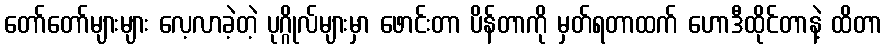
တော်တော်များများ လေ့လာခဲ့တဲ့ ပုဂ္ဂိုလ်များမှာ ဖောင်းတာ ပိန်တာကို မှတ်ရတာထက် ဟောဒီထိုင်တာနဲ့ ထိတာ